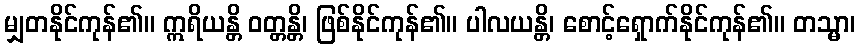
မျှတနိုင်ကုန်၏။ ဣရိယန္တိ ဝတ္တန္တိ၊ ဖြစ်နိုင်ကုန်၏။ ပါလယန္တိ၊ စောင့်ရှောက်နိုင်ကုန်၏။ တသ္မာ၊